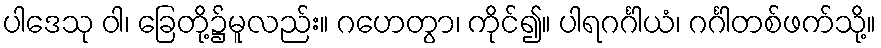
ပါဒေသု ဝါ၊ ခြေတို့၌မူလည်း။ ဂဟေတွာ၊ ကိုင်၍။ ပါရဂင်္ဂါယံ၊ ဂင်္ဂါတစ်ဖက်သို့။